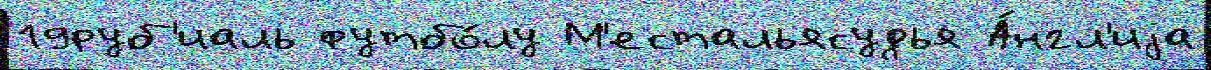
19руб'иаль футбо́лу М'естальясудья А́нгл'иjа